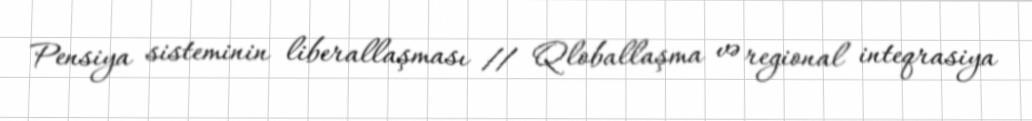
Pensiya sisteminin liberallaşması // Qloballaşma və regional inteqrasiya